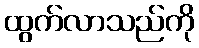
ထွက်လာသည်ကို